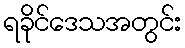
ရခိုင်ဒေသအတွင်း